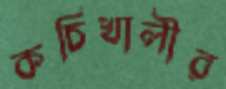
কচিখালীর